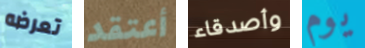
تعرضه أعتقد وأصدقاء يوم